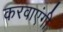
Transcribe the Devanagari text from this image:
करवाएंगी